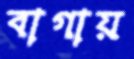
বাগায়